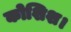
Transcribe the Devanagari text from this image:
कोशिश।